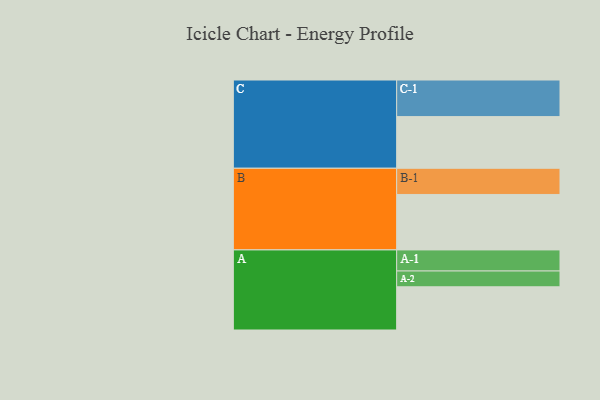
{"axis": {"x": "Segment", "y": "Value"}, "legend": ["", "A", "B", "C"], "data": [{"x": "A", "y": 328, "type": ""}, {"x": "B", "y": 421, "type": ""}, {"x": "C", "y": 392, "type": ""}, {"x": "A-1", "y": 160, "type": "A"}, {"x": "A-2", "y": 120, "type": "A"}, {"x": "B-1", "y": 199, "type": "B"}, {"x": "C-1", "y": 278, "type": "C"}]}